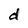
Character: d